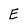
Character: E